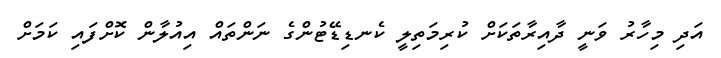
އަދި މިހާރު ވަނީ ދާއިރާތަކަށް ކުރިމަތިލީ ކެނޑިޑޭޓުންގެ ނަންތައް އިއުލާން ކޮށްފައި ކަމަށް